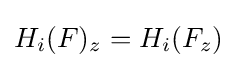
H_{i}(F)_{z}=H_{i}(F_{z})